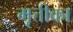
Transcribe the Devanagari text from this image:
मृत्तीका